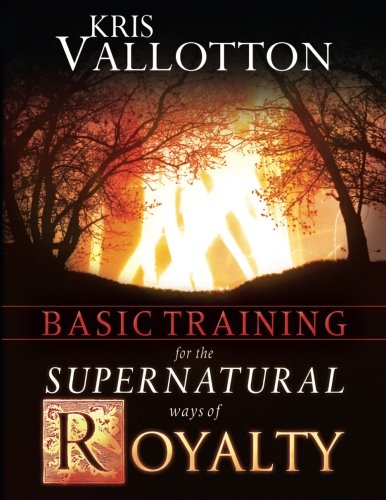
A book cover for Basic Training for the Supernatural Ways of Royalty; Kris Vallotton; Christian Books & Bibles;